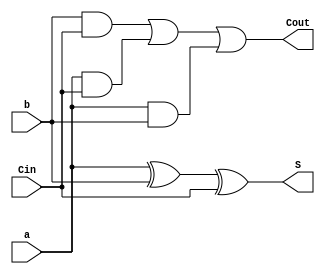
`timescale 1ns / 1ps
//////////////////////////////////////////////////////////////////////////////////
// Company: 
// Engineer: 
// 
// Design Name: 
// Module Name: datapath_adder
// Project Name: 
// Target Devices: 
// Tool Versions: 
// Description: 
// 
// Dependencies: 
// 
// Revision:
// Revision 0.01 - File Created
// Additional Comments:
// 
//////////////////////////////////////////////////////////////////////////////////


module datapath_adder(
 input a , b , Cin ,
    output S , Cout
);

   assign Cout = (b&Cin) | (a&Cin) | (a&b);
   assign S = a ^ b ^ Cin;
    
endmodule